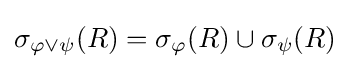
\sigma _{\varphi \lor \psi }(R)=\sigma _{\varphi }(R)\cup \sigma _{\psi }(R)